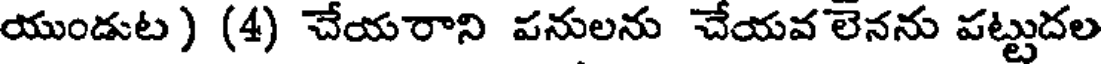
యుండుట ) (4) చేయరాని పనులను చేయవ లెనను పట్టుదల